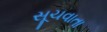
સૂચવાતા